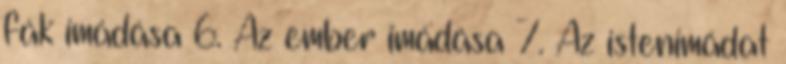
fák imádása 6. Az ember imádása 7. Az istenimádat